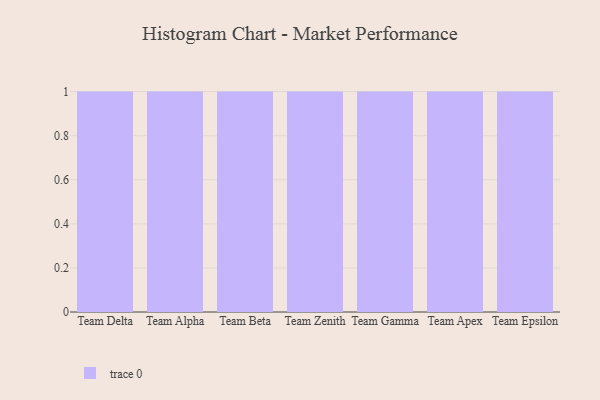
{"axis": {"x": "Team", "y": "Demand Index"}, "legend": [""], "data": [{"x": "Team Delta", "y": 71, "type": ""}, {"x": "Team Alpha", "y": 51, "type": ""}, {"x": "Team Beta", "y": 66, "type": ""}, {"x": "Team Zenith", "y": 6, "type": ""}, {"x": "Team Gamma", "y": 67, "type": ""}, {"x": "Team Apex", "y": 16, "type": ""}, {"x": "Team Epsilon", "y": 38, "type": ""}]}